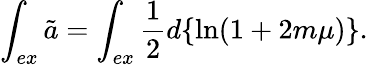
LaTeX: \int_{ex}\tilde{a}=\int_{ex}\frac{1}{2}d\{ \ln(1+2m\mu)\} .